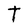
Character: T